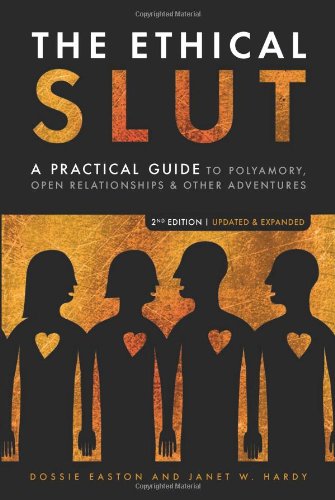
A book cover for The Ethical Slut: A Practical Guide to Polyamory, Open Relationships & Other Adventures; Dossie Easton; Self-Help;